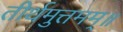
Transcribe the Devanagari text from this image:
तीर्थमुत्तमम्‌॥